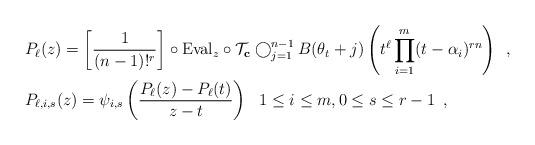
LaTeX: \begin{align*}&P_{\ell}(z)=\left[\dfrac{1}{(n-1)!^r}\right]\circ {\rm{Eval}}_z\circ \mathcal{T}_{\bold{c}} \bigcirc_{j=1}^{n-1} B(\theta_t+j)\left(t^{\ell}\prod_{i=1}^m(t-\alpha_i)^{rn}\right)\enspace, \\&P_{\ell,i,s}(z)=\psi_{i,s}\left(\dfrac{P_{\ell}(z)-P_{\ell}(t)}{z-t}\right) \ \ 1\le i \le m, 0\le s \le r-1\enspace, \end{align*}